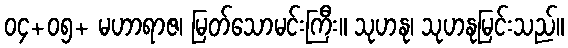
၀၄+၀၅+ မဟာရာဇ၊ မြတ်သောမင်းကြီး။ သုဟနု၊ သုဟနုမြင်းသည်။